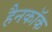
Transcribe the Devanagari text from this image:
हैनकाॅक